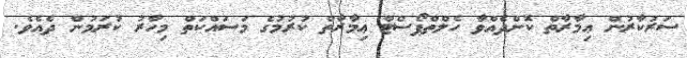
ސަރުކާރުން ޢިމާރާތް ކޮށްދެއްވާ ހެލްތްޕޯސްޓް ޢިމާރާތް ކުރުމުގެ މަސައްކަތް މިހާރު ކުރަމުން ދެއެވެ.